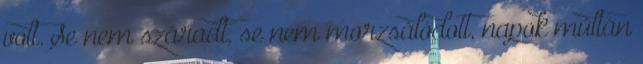
volt. Se nem száradt, se nem morzsálódott, napok múltán